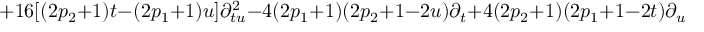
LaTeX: + 1 6 [ ( 2 p _ { 2 } + 1 ) t - ( 2 p _ { 1 } + 1 ) u ] \partial _ { t u } ^ { 2 } - 4 ( 2 p _ { 1 } + 1 ) ( 2 p _ { 2 } + 1 - 2 u ) \partial _ { t } + 4 ( 2 p _ { 2 } + 1 ) ( 2 p _ { 1 } + 1 - 2 t ) \partial _ { u }